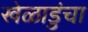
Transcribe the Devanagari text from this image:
खेळाडुंचा